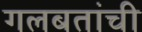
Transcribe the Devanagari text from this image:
गलबतांची